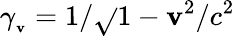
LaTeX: \gamma_{_{\mathbf{v}}}=1/{\sqrt{}{{1-\mathbf{v}^{2}/c^{2}}}}